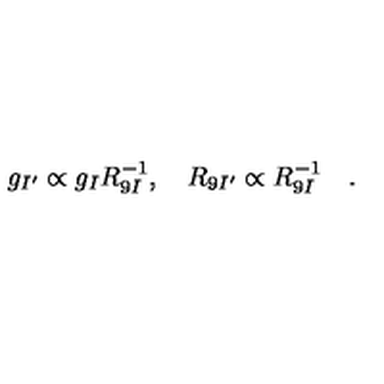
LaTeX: g _ { I ^ { \prime } } \propto g _ { I } R _ { 9 I } ^ { - 1 } , \quad R _ { 9 I ^ { \prime } } \propto R _ { 9 I } ^ { - 1 } \quad .